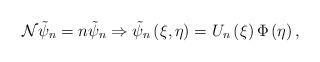
LaTeX: \begin{align*}{\cal N}\tilde{\psi}_{n}=n\tilde{\psi}_{n}\Rightarrow \tilde{\psi}_{n}\left(\xi ,\eta \right) =U_{n}\left( \xi \right) \Phi \left( \eta \right) ,\end{align*}